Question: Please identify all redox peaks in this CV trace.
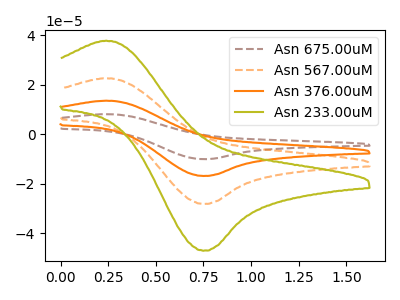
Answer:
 <answer>The brown dashed curve "Asn 675.00uM" has an anodic peak at (0.25V, 67.90uA) and a cathodic peak at (0.75V, -84.65uA). The orange dashed curve "Asn 567.00uM" has an anodic peak at (0.25V, 22.65uA) and a cathodic peak at (0.75V, -28.20uA). The orange curve "Asn 376.00uM" has an anodic peak at (0.25V, 45.30uA) and a cathodic peak at (0.75V, -56.45uA). The olive curve "Asn 233.00uM" has an anodic peak at (0.25V, 37.80uA) and a cathodic peak at (0.75V, -47.15uA).</answer>
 <eval></eval>